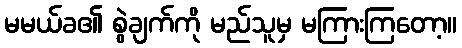
မမယ်ခ၏ စွဲချက်ကို မည်သူမှ မကြားကြတော့။